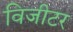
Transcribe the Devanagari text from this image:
विजीटर